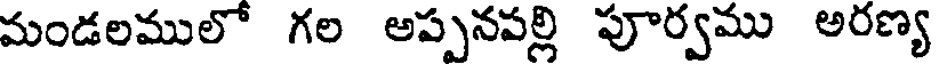
మండలములో గల అప్పనపల్లి పూర్వము అరణ్య